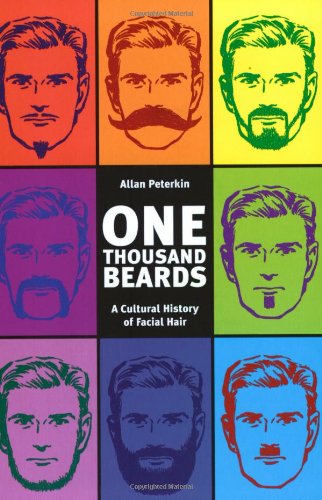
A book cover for One Thousand Beards: A Cultural History of Facial Hair; Allan Peterkin; Health, Fitness & Dieting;